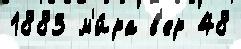
1883 м'и́ра в'ер 48